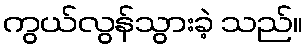
ကွယ်လွန်သွားခဲ့ သည်။